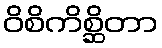
ဝိစိကိစ္ဆိတာ